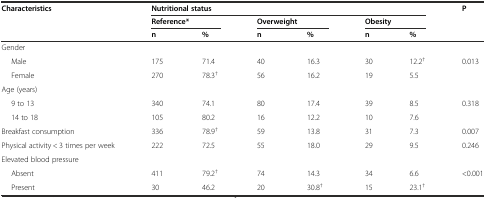
| <ROWSPAN=3> Characteristics | <COLSPAN=6> Nutritional status | <ROWSPAN=3> P |
 | <COLSPAN=2> Reference* | <COLSPAN=2> Overweight | <COLSPAN=2> Obesity |
 | n | % | n | % | n | % |
 | --- | --- | --- | --- | --- | --- | --- | --- |
 | <COLSPAN=8> Gender |
 | Male | 175 | 71.4 | 40 | 16.3 | 30 | 12.2† | <ROWSPAN=2> 0.013 |
 | Female | 270 | 78.3† | 56 | 16.2 | 19 | 5.5 |
 | <COLSPAN=8> Age (years) |
 | 9 to 13 | 340 | 74.1 | 80 | 17.4 | 39 | 8.5 | <ROWSPAN=2> 0.318 |
 | 14 to 18 | 105 | 80.2 | 16 | 12.2 | 10 | 7.6 |
 | Breakfast consumption | 336 | 78.9† | 59 | 13.8 | 31 | 7.3 | 0.007 |
 | Physical activity < 3 times per week | 222 | 72.5 | 55 | 18.0 | 29 | 9.5 | 0.246 |
 | <COLSPAN=8> Elevated blood pressure |
 | Absent | 411 | 79.2† | 74 | 14.3 | 34 | 6.6 | <ROWSPAN=2> <0.001 |
 | Present | 30 | 46.2 | 20 | 30.8† | 15 | 23.1† |